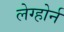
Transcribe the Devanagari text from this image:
लेग्होर्न